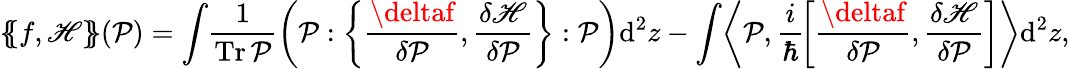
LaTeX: \{ \! \! \{ f,\mathscr{H}\} \! \! \} (\mathcal{{P}})=\int\! \frac{1}{{\operatorname{Tr}\mathcal{{P}}}}\bigg(\mathcal{{P}}:\bigg\{ \frac{{\deltaf}}{{\delta\mathcal{{P}}}},\frac{{\delta\mathscr{H}}}{{\delta\mathcal{{P}}}}\bigg\} :\mathcal{{P}}\bigg)\mathrm{{d}}^{2}z-\int\! \left\langle\mathcal{{P}},\frac{{i}}{\hbar}\! \left[\frac{{\deltaf}}{{\delta\mathcal{{P}}}},\frac{{\delta\mathscr{H}}}{{\delta\mathcal{{P}}}}\right]\right\rangle\mathrm{{d}}^{2}z,